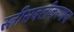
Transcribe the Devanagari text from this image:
स्त्रीसबलीकरणाचा